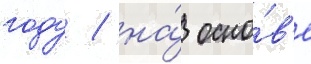
году / на́ осно́в'е